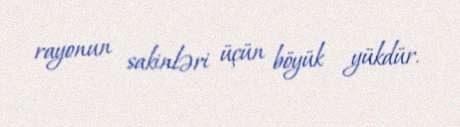
rayonun sakinləri üçün böyük yükdür.